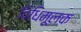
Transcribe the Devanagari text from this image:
विधिमूलक